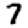
Digit: 7